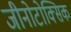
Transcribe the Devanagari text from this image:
जीनोटोक्सिक